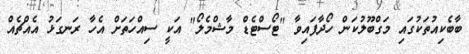
ބާބެކިއުތަކުގައި މަގްބޫލުކަން ހޯދާފައިވާ "ޓޯސްޓެޑް މާޝްމެލޯ" އަކީ ސިއްހަތަށް އެހާ ރަނގަޅު އެއްޗެއް